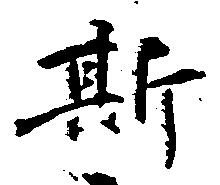
斯